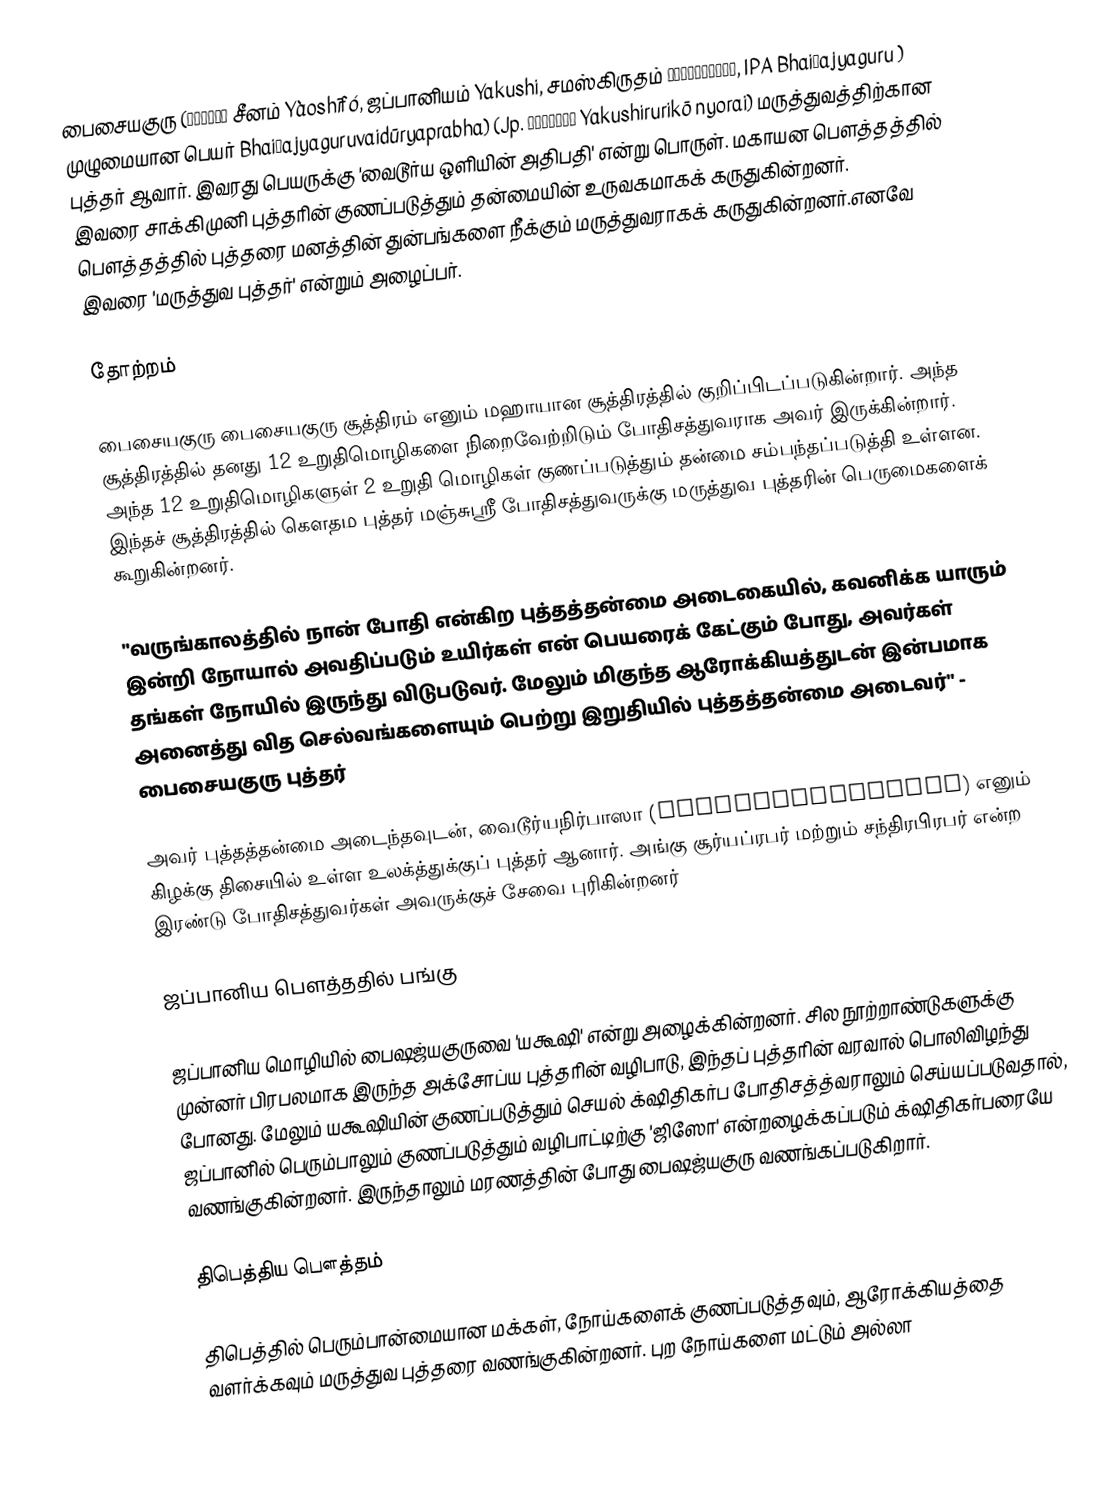
பைசையகுரு  (藥師佛／薬師 சீனம் Yàoshīfó, ஜப்பானியம் Yakushi, சமஸ்கிருதம் भैषज्यगुरु, IPA Bhaiṣajyaguru ) முழுமையான பெயர் Bhaiṣajyaguruvaidūryaprabha) (Jp. 薬師瑠璃光如来 Yakushirurikō nyorai) மருத்துவத்திற்கான புத்தர் ஆவார்.  இவரது பெயருக்கு 'வைடூர்ய ஒளியின் அதிபதி' என்று பொருள்.  மகாயன பௌத்தத்தில் இவரை சாக்கிமுனி புத்தரின் குணப்படுத்தும் தன்மையின் உருவகமாகக் கருதுகின்றனர். பௌத்தத்தில் புத்தரை மனத்தின் துன்பங்களை நீக்கும் மருத்துவராகக் கருதுகின்றனர்.எனவே இவரை 'மருத்துவ புத்தர்' என்றும் அழைப்பர்.

தோற்றம்

பைசையகுரு பைசையகுரு சூத்திரம் எனும் மஹாயான சூத்திரத்தில் குறிப்பிடப்படுகின்றார். அந்த சூத்திரத்தில் தனது 12 உறுதிமொழிகளை நிறைவேற்றிடும் போதிசத்துவராக அவர் இருக்கின்றார். அந்த 12 உறுதிமொழிகளுள் 2 உறுதி மொழிகள் குணப்படுத்தும் தன்மை சம்பந்தப்படுத்தி உள்ளன. இந்தச் சூத்திரத்தில் கௌதம புத்தர் மஞ்சுஸ்ரீ போதிசத்துவருக்கு மருத்துவ புத்தரின் பெருமைகளைக் கூறுகின்றனர்.

"வருங்காலத்தில் நான் போதி என்கிற புத்தத்தன்மை அடைகையில், கவனிக்க யாரும் இன்றி நோயால் அவதிப்படும் உயிர்கள் என் பெயரைக் கேட்கும் போது, அவர்கள் தங்கள் நோயில் இருந்து விடுபடுவர். மேலும் மிகுந்த ஆரோக்கியத்துடன் இன்பமாக அனைத்து வித செல்வங்களையும் பெற்று இறுதியில் புத்தத்தன்மை அடைவர்" - பைசையகுரு புத்தர்

அவர் புத்தத்தன்மை அடைந்தவுடன், வைடூர்யநிர்பாஸா (Vaidūryanirbhāsa) எனும் கிழக்கு திசையில் உள்ள உலக்த்துக்குப் புத்தர் ஆனார். அங்கு சூர்யப்ரபர் மற்றும் சந்திரபிரபர் என்ற இரண்டு போதிசத்துவர்கள் அவருக்குச் சேவை புரிகின்றனர்

ஜப்பானிய பௌத்ததில் பங்கு

ஜப்பானிய மொழியில் பைஷஜ்யகுருவை 'யகூஷி' என்று அழைக்கின்றனர். சில நூற்றாண்டுகளுக்கு முன்னர் பிரபலமாக இருந்த அக்‌சோப்ய புத்தரின் வழிபாடு, இந்தப் புத்தரின் வரவால் பொலிவிழந்து போனது. மேலும் யகூஷியின் குணப்படுத்தும் செயல் க்‌ஷிதிகர்ப போதிசத்த்வராலும் செய்யப்படுவதால், ஜப்பானில் பெரும்பாலும் குணப்படுத்தும் வழிபாட்டிற்கு 'ஜிஸோ' என்றழைக்கப்படும் க்‌ஷிதிகர்பரையே வணங்குகின்றனர். இருந்தாலும் மரணத்தின் போது பைஷஜ்யகுரு வணங்கப்படுகிறார்.

திபெத்திய பௌத்தம்

திபெத்தில் பெரும்பான்மையான மக்கள், நோய்களைக் குணப்படுத்தவும், ஆரோக்கியத்தை வளர்க்கவும் மருத்துவ புத்தரை வணங்குகின்றனர். புற நோய்களை மட்டும் அல்லா